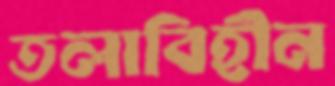
তলাবিহীন